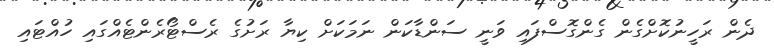
ދެން ރަހީނުކޮށްގެން ގެންގޮސްފައި ވަނީ ސަންޑާކަން ނަމަކަށް ކިޔާ ރަށުގެ ރެސްޓޯރެންޓެއްގައި ހުއްޓައި